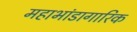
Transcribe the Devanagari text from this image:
महाभांडागारिक